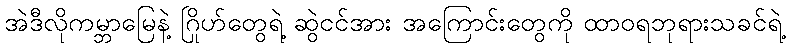
အဲဒီလိုကမ္ဘာမြေနဲ့ ဂြိုဟ်တွေရဲ့ ဆွဲငင်အား အကြောင်းတွေကို ထာဝရဘုရားသခင်ရဲ့